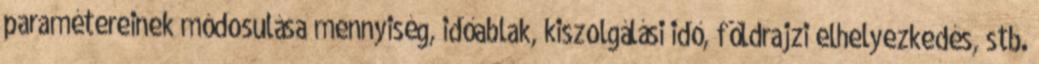
paramétereinek módosulása mennyiség, időablak, kiszolgálási idő, földrajzi elhelyezkedés, stb.